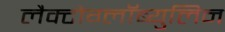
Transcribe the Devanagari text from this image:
लैक्टोग्लॉब्युलिन